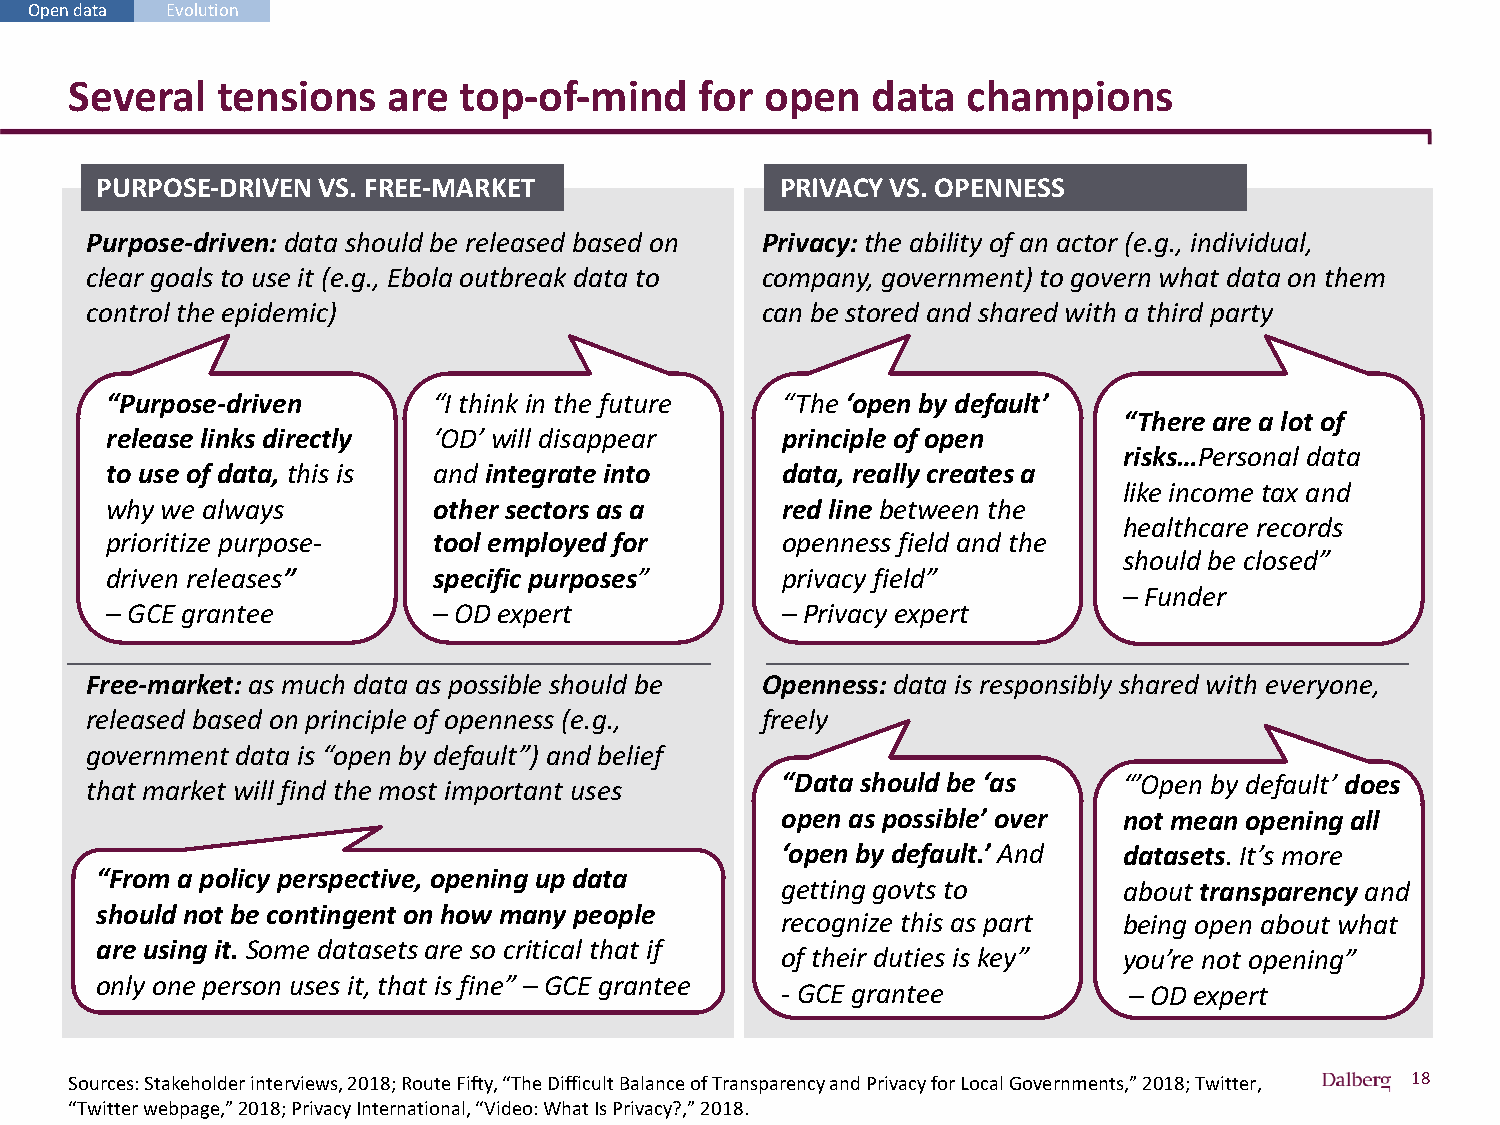
Open data Evolution
 Several  tensions    are top-of-mind     for  open   data  champions
 PURPOSE-DRIVEN VS. FREE-MARKET                PRIVACY VS. OPENNESS
 Purpose-driven: data should be released based on Privacy: the ability of an actor (e.g., individual,
 clear goals to use it (e.g., Ebola outbreak data to company, government) to govern what data on them
 control the epidemic)                       can be stored and shared with a third party
 “Purpose-driven       “I think in the future “The ‘open by default’
 “There are a lot of
 release links directly ‘OD’ will disappear   principle of open
 risks…Personal data
 to use of data, this is and integrate into   data, really creates a
 like income tax and
 why we always         other sectors as a     red line between the
 healthcare records
 prioritize purpose-   tool employed for      openness field and the
 should be closed”
 driven releases”      specific purposes”     privacy field”
 – Funder
 – GCE grantee         – OD expert            – Privacy expert
 Free-market: as much data as possible should be Openness: data is responsibly shared with everyone,
 released based on principle of openness (e.g., freely
 government data is “open by default”) and belief
 that market will find the most important uses “Data should be ‘as   “’Open by default’ does
 open as possible’ over not mean opening all
 ‘open by default.’ And datasets. It’s more
 “From a policy perspective, opening up data
 getting govts to      about transparency and
 should not be contingent on how many people
 recognize this as part being open about what
 are using it. Some datasets are so critical that if
 of their duties is key” you’re not opening”
 only one person uses it, that is fine” – GCE grantee
 - GCE grantee          – OD expert
 Sources: Stakeholder interviews, 2018; Route Fifty, “The Difficult Balance of Transparency and Privacy for Local Governments,” 2018; Twitter, 18
 “Twitter webpage,” 2018; Privacy International, “Video: What Is Privacy?,” 2018.